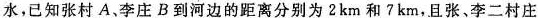
水，已知张村A、李庄B到河边的距离分别为2km和?km，且张、李二村庄